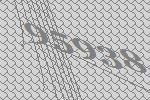
95938